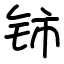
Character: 铈